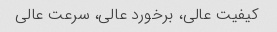
کیفیت عالی، برخورد عالی، سرعت عالی